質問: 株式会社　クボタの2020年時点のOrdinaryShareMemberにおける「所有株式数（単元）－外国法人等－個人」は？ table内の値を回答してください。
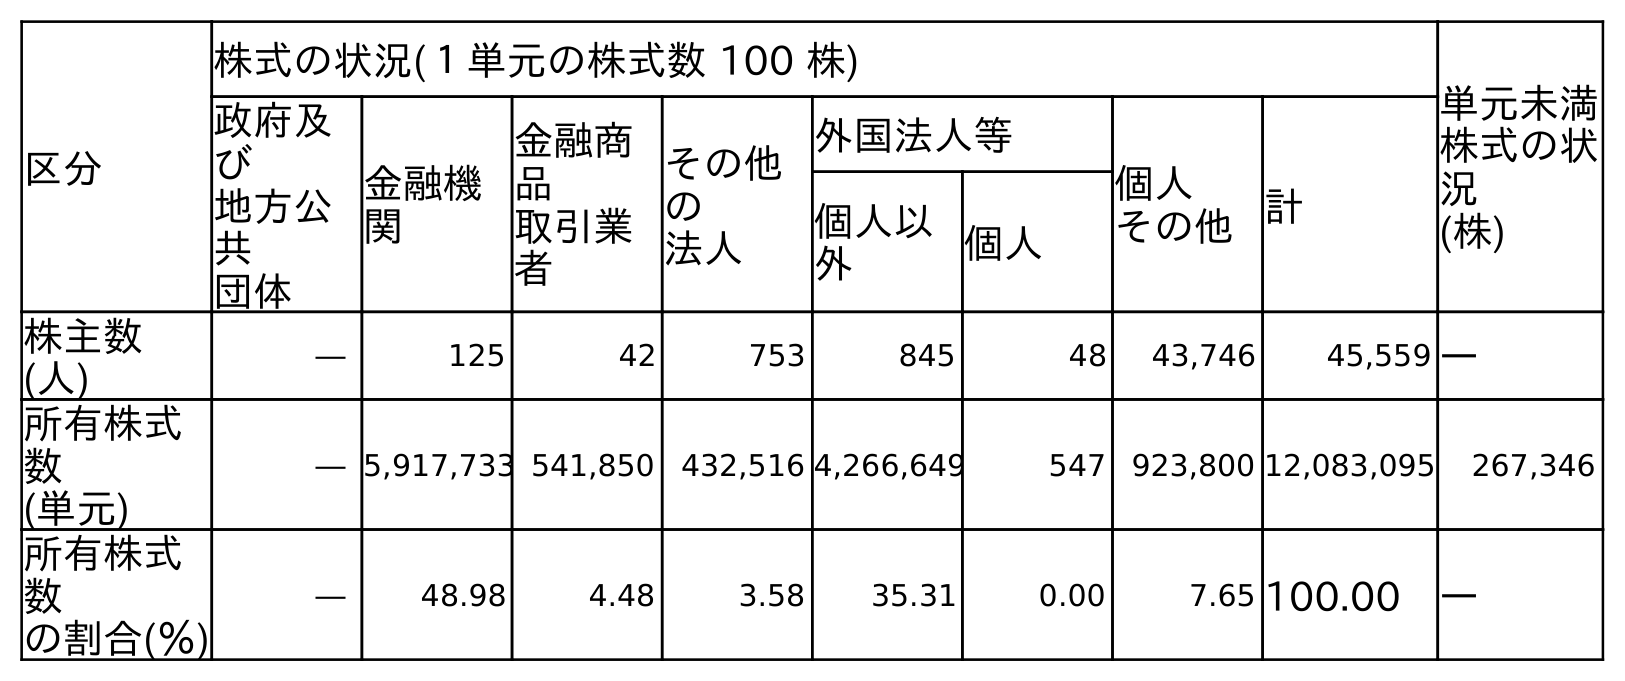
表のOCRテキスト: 区分 株式の状況(１単元の株式数 100 株) 単元未満 株式の状 況 (株) 政府及 び 地方公 共 団体 金融機 関 金融商 品 取引業 者 その他 の 法人 外国法人等 個人 その他計 個人以 外 個人 株主数 (人) ― 125 42 753 845 48 43,746 45,559 ― 所有株式 数 (単元) ― 5,917,733 541,850 432,516 4,266,649 547 923,800 12,083,095 267,346 所有株式 数 の割合(％) ― 48.98 4.48 3.58 35.31 0.00 7.65 100.00 ―
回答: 547